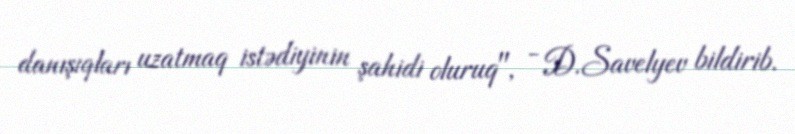
danışıqları uzatmaq istədiyinin şahidi oluruq", - D.Savelyev bildirib.